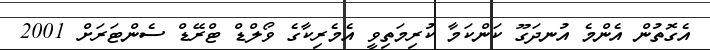
އެގޮތުން އެންމެ އުނދަގޫ ކަންކަމާ ކުރިމަތިވީ އެމެރިކާގެ ވޯލްޑް ޓްރޭޑް ސެންޓަރަށް 2001